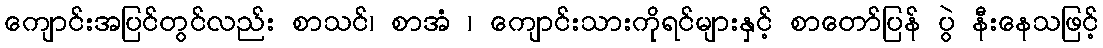
ကျောင်းအပြင်တွင်လည်း စာသင်၊ စာအံ ၊ ကျောင်းသားကိုရင်များနှင့် စာတော်ပြန် ပွဲ နီးနေသဖြင့်